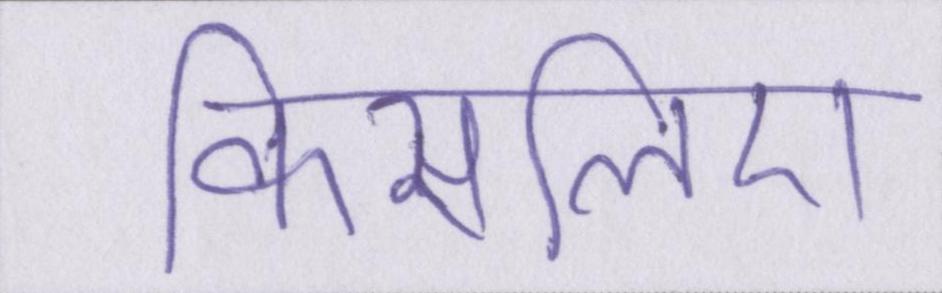
किसलिए